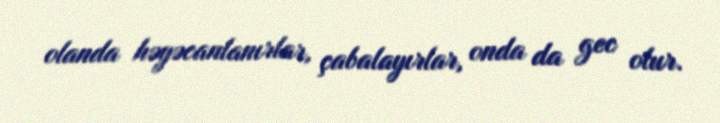
olanda həyəcanlanırlar, çabalayırlar, onda da gec olur.